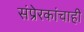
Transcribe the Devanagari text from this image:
संप्रेरकांचाही